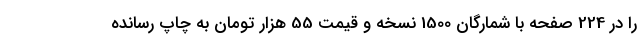
را در 224 صفحه با شمارگان 1500 نسخه و قیمت 55 هزار تومان به چاپ رسانده